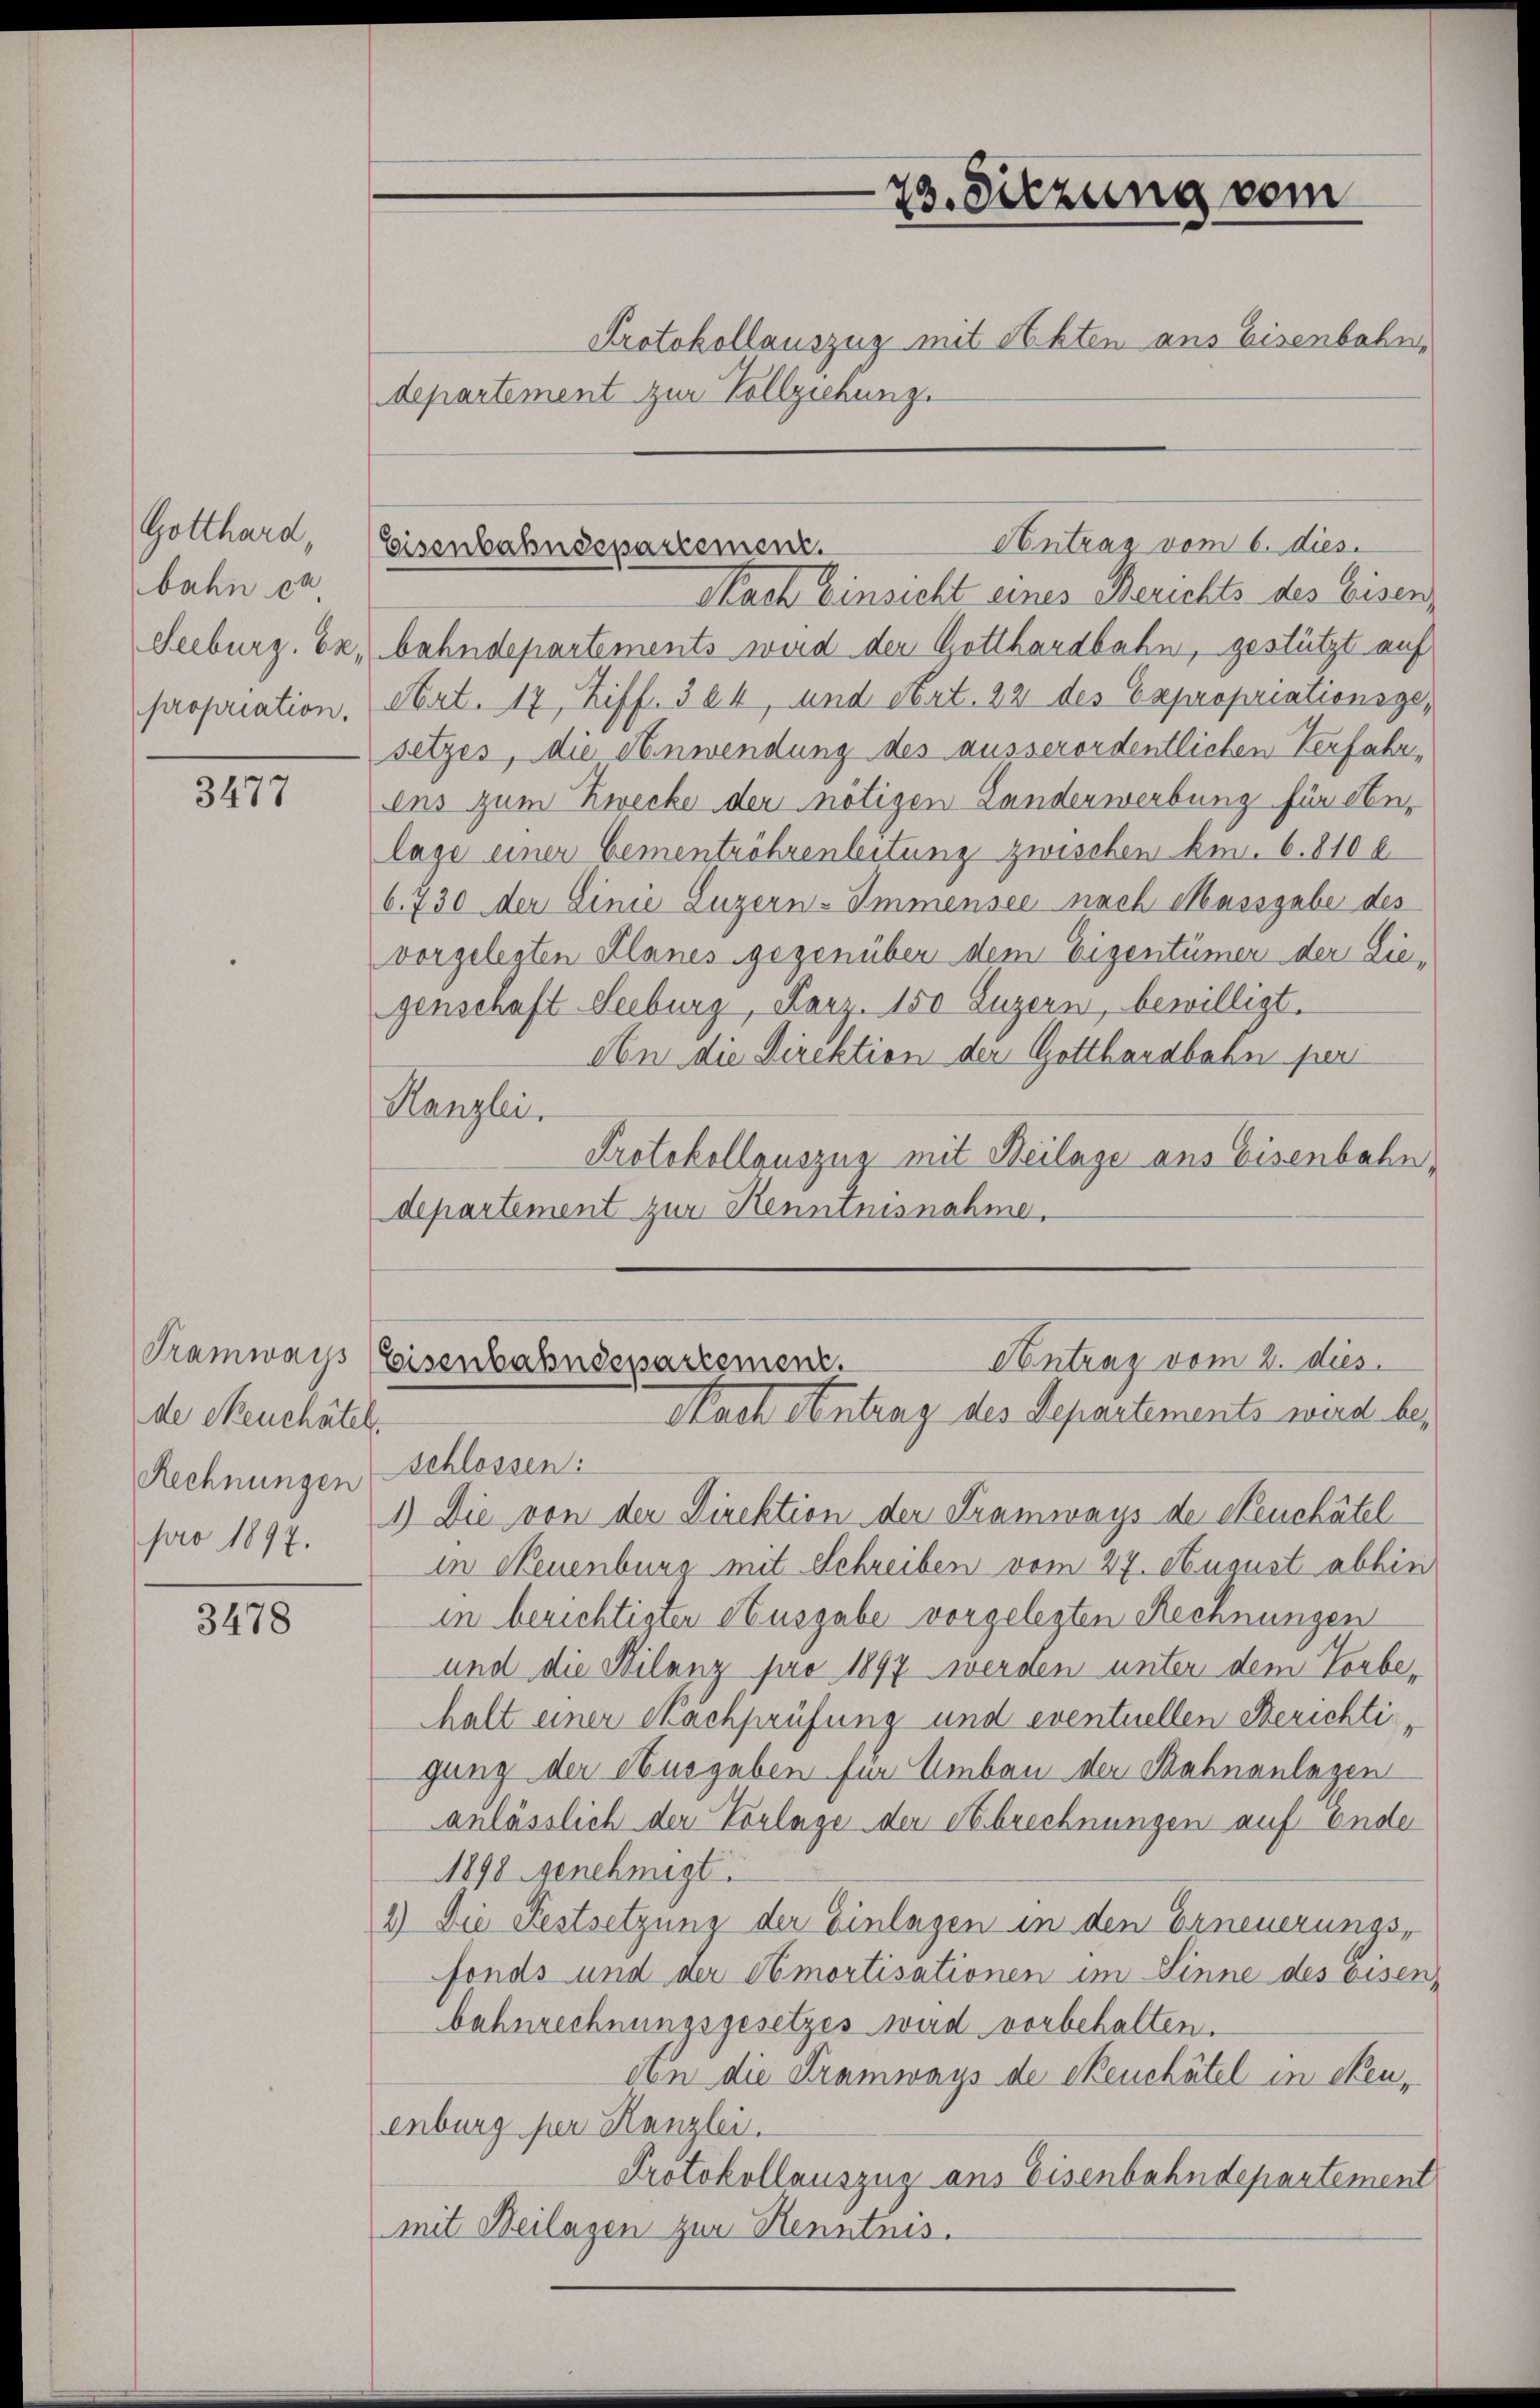
Gotthard,
bahn ca
Freiburg, Bepropriation.

3477

de Neuchâtel
Rechnungen
pro 1897.

3478

23. Sitzung vom
Protokollauszug mit Akten aus Eisenbahn,

Antrag vom 6. dies
Eisenbahnsepartement.

Nach Einsicht eines Berichts des Eisenbahndepartements wird der Gotthardbahn, gestützt auf
Art. 17, Ziff. 324, und Art. 22 des Expropriationsgesetzes, die Anwendung des ausserordentlichen Verfahrins zum Zwecke der nötigen Landerwerbung für An-
lage einer Gementröhrenleitung zwischen kn. 6. 810 b
6. 730 der Linie Luzern-Immensee nach Massgabe des
vorgelegten Planes gegenüber dem Eigentümer der Liegenschaft Seeburg, Karz. 150 Luzern, bewilligt.
An die Direktion der Gotthardbahn peri
Kanzlei.
Protokollauszug mit Beilage aus Eisenbahn,
departement zur Kenntnisnahme.

departement zur Vollziehung.

Tramways (Eisenbahndepartement.
Antrag vom 2. dies
Nach Antrag des Separtements werde be¬

schlossen:
1) Die von der Direktion der Tramways de Neuchâtel
in Neuenburg mit Schreiben vom 27. August abhin
in berichtigten Ausgabe vorgelegten Rechnungen
und die Milanz pro 1897 werden unter dem Vorbehalt einer Nachprüfung und eventuellen Berichtigung der Ausgaben für Umbau der Bahnanlagen
anlässlich der Vorlage der Abrechnungen auf Ende
1898 genehmigt.
1.) Die Festsetzung der Einlagen in den Erneuerungs-
fonds und der Amortisationen im Linne des eisen,
bahnrechnungsgesetzes wird vorbehalten.
An die Tramways de Neuchâtel in Neuenburg per Hanzlei.
Protokollauszug aus Eisenbahndepartement
mit Beilagen zur Kenntnis.